Annual report on the working of the mental hospitals in the Madras Presidency - 1912-1932
Year: 1912
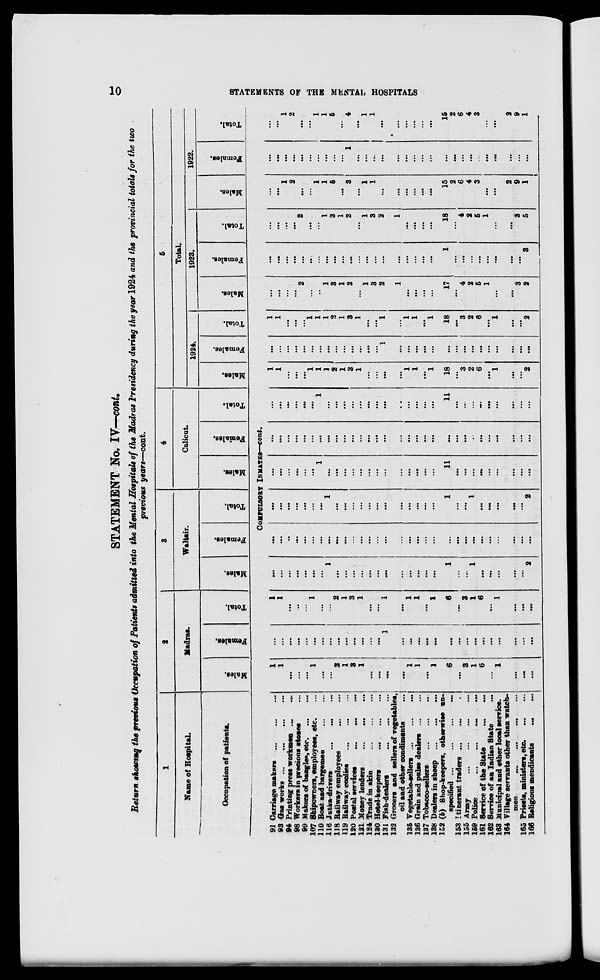
10
STATEMENTS OF THE MENTAL HOSPITALS
STATEMENT No. IV—cont.
Return showing the previous Occupation of Patients admitted into the Mental Hospitals of the Madras Presidency during the year 1924 and the provincial totals for the two
previous years—cont.
1
Name of Hospital.
Occupation of patients.
2
Madras.
Males.
Females.
Total.
3
Waltair.
Males.
Females.
Total.
4
Calicut.
Males.
Females.
Total.
5
Total.
1924.
Males.
Females.
Total.
1923.
Males.
Females.
Total.
1922.
Males.
Females.
Total.
COMPULSORY INMATES—cont.
91 Carriage makers
...
...
...
93 Gas works
...
...
...
...
94 Printing press workmen
...
...
98 Workers in precious stones ...
99 Makers of bangles, etc.
...
...
107 Shipowners, employees, etc. ...
110 Boat and bargemen
...
...
116
Jutka-drivers
...
...
...
118 Railway employees
...
...
119 Railway coolies ... ... ...
120 Postal services ... ... ...
121 Money lenders
...
...
...
124 Trade in skin
...
...
...
130 Hotel-keepers
...
...
...
131 Fish-dealers
...
...
...
132 Grocers and sellers of vegetables,
oil and other condiments ...
135
Vegetable-sellers ... ... ...
136 Grain and pulse dealers
...
...
137 Tobacco-sellers
...
...
...
138 Dealers in sheep
...
...
...
152 (b) Shop-keepers, otherwise un-
specified ...
...
...
...
153 Itinerant trader
...
...
155 Army ... ... ... ...
169 Police
...
...
...
...
161 Service of the State
...
...
162 Service of an Indian State ...
163 Municipal and other local service.
164 Village servants other than watch-
men
...
...
...
...
165 Priests, ministers, etc.
...
...
166 Religions mendicants
... ...
1
1
...
...
...
1
...
...
2
1
3
1
...
...
...
...
1
1
...
1
6
...
3
1
6
...
1
...
...
...
...
...
...
...
...
...
...
...
...
...
...
...
...
...
1
...
...
...
...
...
...
...
...
...
...
...
...
...
...
...
1
1
...
...
...
1
...
...
2
1
3
1
...
...
1
...
1
1
...
1
6
...
3
1
6
...
1
...
...
...
...
...
...
...
...
...
...
1
...
...
...
...
...
...
...
...
...
...
...
...
1
...
...
1
...
...
...
...
...
2
...
...
...
...
...
...
...
...
...
...
...
...
...
...
...
...
...
...
...
...
...
...
...
...
...
...
...
...
...
...
...
...
...
...
...
...
...
1
...
...
...
...
...
...
...
...
...
...
...
...
1
...
...
1
...
...
...
...
...
2
...
...
...
...
...
...
1
...
...
...
...
...
...
...
...
...
...
...
...
...
11
...
...
...
...
...
...
...
...
...
...
...
...
...
...
...
...
...
...
...
...
...
...
...
...
...
...
...
...
...
...
...
...
...
...
...
...
...
...
...
...
...
...
...
...
...
1
...
...
...
...
...
...
...
...
...
...
...
...
...
11
...
...
...
...
...
...
...
...
...
1
1
...
...
...
1
1
1
2
1
3
1
...
...
...
...
1
1
...
1
18
...
3
2
6
...
1
...
...
2
...
...
...
...
...
...
...
...
...
...
...
...
...
...
1
...
...
...
...
...
...
...
...
...
...
...
...
...
...
...
1
1
...
...
...
1
1
1
2
1
3
1
...
...
1
...
1
1
...
1
18
...
3
2
6
...
1
...
...
2
...
...
...
...
2
...
...
1
3
1
2
...
1
3
2
1
...
...
...
...
17
...
4
2
5
1
...
...
3
2
...
...
...
...
...
...
...
...
...
...
...
...
...
...
...
...
...
...
...
...
1
...
...
...
...
...
...
...
...
3
...
...
...
...
2
...
...
1
3
1
2
...
1
3
2
1
...
...
...
...
18
...
4
2
5
1
...
...
3
5
...
...
1
2
...
...
1
1
5
...
3
...
1
1
...
...
...
...
...
...
15
2
6
4
3
...
...
2
9
1
...
...
...
...
...
...
...
...
...
...
1
...
...
...
...
...
...
...
...
...
...
...
...
...
...
...
...
...
...
...
...
...
1
2
...
...
1
1
5
...
4
...
1
1
...
...
...
...
...
...
15
2
6
4
3
...
...
2
9
1